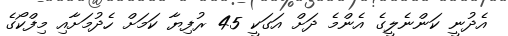
އެދުނީ ކަންނެލީގެ އެންމެ ދަށް އަގަކީ 45 ރުފިޔާ ކަމަށް ހެދުމަށާއި މިފްކޯގެ